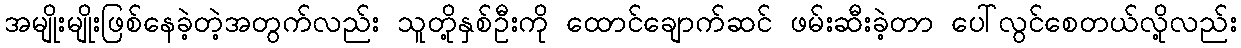
အမျိုးမျိုးဖြစ်နေခဲ့တဲ့အတွက်လည်း သူတို့နှစ်ဦးကို ထောင်ချောက်ဆင် ဖမ်းဆီးခဲ့တာ ပေါ်လွင်စေတယ်လို့လည်း